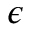
\boldsymbol { \epsilon }